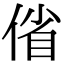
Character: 偗